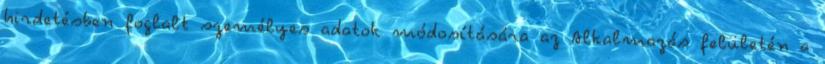
hirdetésben foglalt személyes adatok módosítására az Alkalmazás felületén a